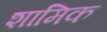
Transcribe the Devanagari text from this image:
शामिक